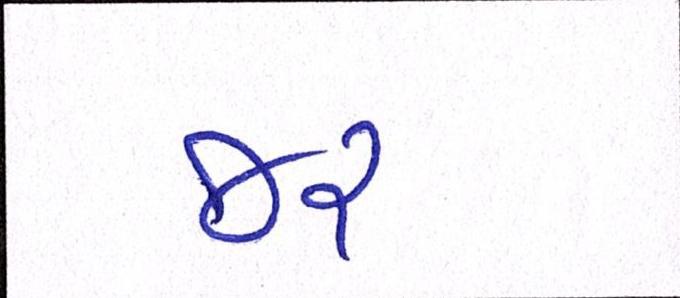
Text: જર